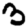
Digit: 3